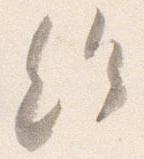
給